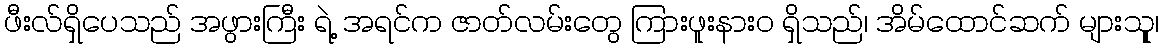
ဖီးလ်ရှိပေသည် အဖွားကြီး ရဲ့ အရင်က ဇာတ်လမ်းတွေ ကြားဖူးနားဝ ရှိသည်၊ အိမ်ထောင်ဆက် များသုူ၊